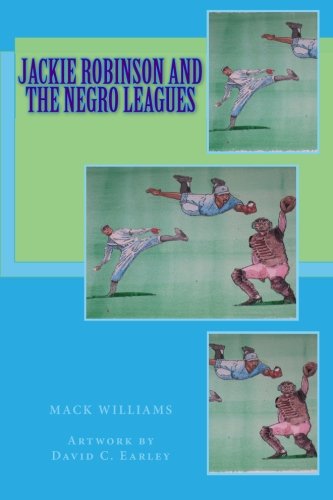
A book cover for Jackie Robinson and the Negro Leagues; Mack  C. Williams; Teen & Young Adult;